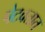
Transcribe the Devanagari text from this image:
पेटवतात